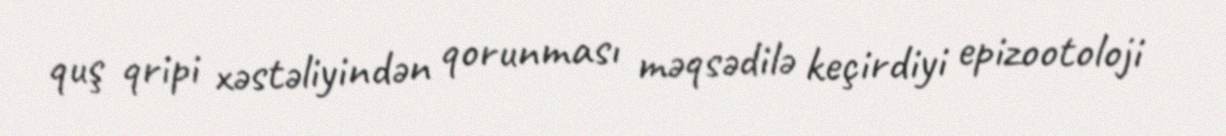
quş qripi xəstəliyindən qorunması məqsədilə keçirdiyi epizootoloji